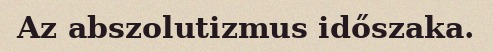
Az abszolutizmus időszaka.